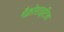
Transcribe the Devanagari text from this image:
मैक्रोसाइटिक